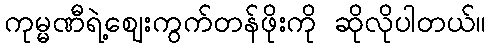
ကုမ္မဏီရဲ့ဈေးကွက်တန်ဖိုးကို ဆိုလိုပါတယ်။